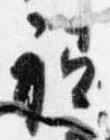
祗